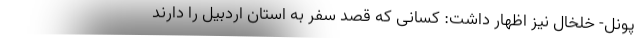
پونل- خلخال نیز اظهار داشت: کسانی که قصد سفر به استان اردبیل را دارند